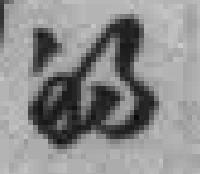
的